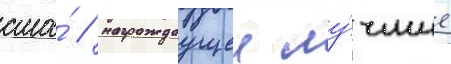
сша́ / награждаущеи лу́чшие